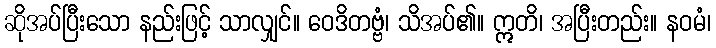
ဆိုအပ်ပြီးသော နည်းဖြင့် သာလျှင်။ ဝေဒိတဗ္ဗံ၊ သိအပ်၏။ ဣတိ၊ အပြီးတည်း။ နဝမံ၊